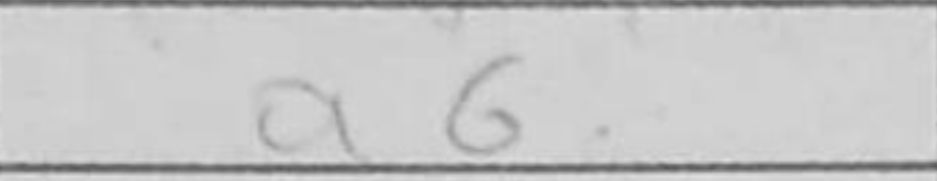
Transcription: a6